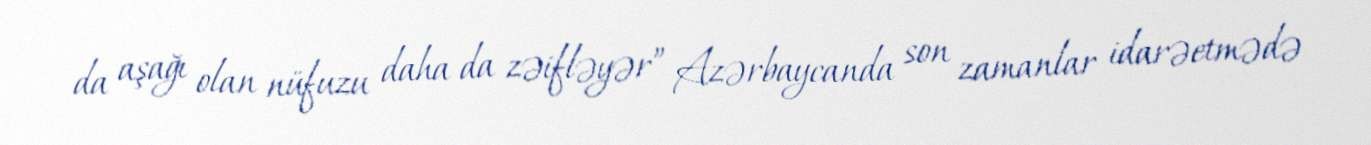
da aşağı olan nüfuzu daha da zəifləyər” Azərbaycanda son zamanlar idarəetmədə